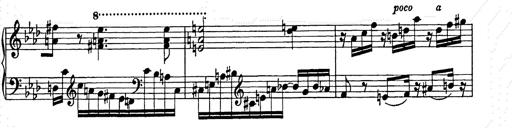
Title: Weinen, Klagen, Sorgen, Zagen
Composer: Franz Liszt